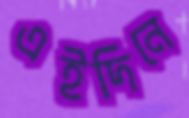
এইদিনে